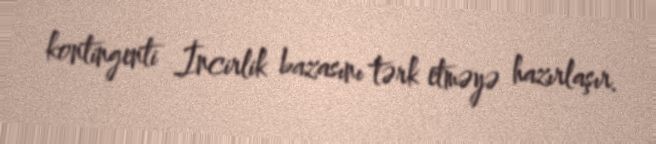
kontingenti İncirlik bazasını tərk etməyə hazırlaşır.